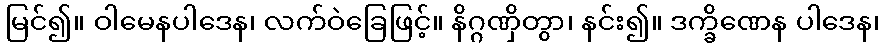
မြင်၍။ ဝါမေနပါဒေန၊ လက်ဝဲခြေဖြင့်။ နိဂ္ဂဏှိတွာ၊ နင်း၍။ ဒက္ခိဏေန ပါဒေန၊